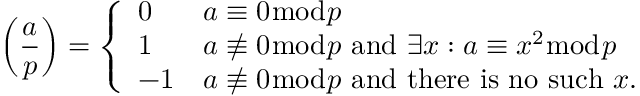
\left( { \frac { a } { p } } \right) = { \left\{ \begin{array} { l l } { 0 } & { a \equiv 0 { \bmod { p } } } \\ { 1 } & { a \not \equiv 0 { \bmod { p } } { \mathrm { ~ a n d ~ } } \exists x : a \equiv x ^ { 2 } { \bmod { p } } } \\ { - 1 } & { a \not \equiv 0 { \bmod { p } } { \mathrm { ~ a n d ~ t h e r e ~ i s ~ n o ~ s u c h ~ } } x . } \end{array} \right. }